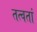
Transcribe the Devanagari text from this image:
तत्वतां